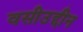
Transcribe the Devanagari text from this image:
वसीउद्दीन